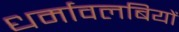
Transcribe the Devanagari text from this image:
धर्मावलबियों